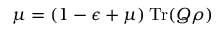
\mu = ( 1 - \epsilon + \mu ) \operatorname { T r } ( Q \rho )